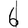
Digit: 6